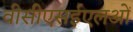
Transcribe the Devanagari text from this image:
वीसीएसईएलओं